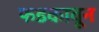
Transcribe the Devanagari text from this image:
फडकावून